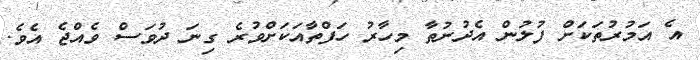
އެ އަމުރުތަކަށް ފުލުން އެދުނުތާ މިހާރު ހަފްތާއަކަށްވުރެ ގިނަ ދުވަސް ވެއްޖެ އެވެ.